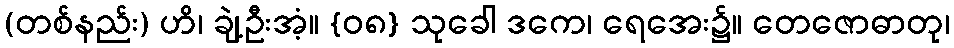
(တစ်နည်း) ဟိ၊ ချဲ့ဦးအံ့။ {၀၈} သုခေါ ဒကေ၊ ရေအေး၌။ တေဇောဓာတု၊